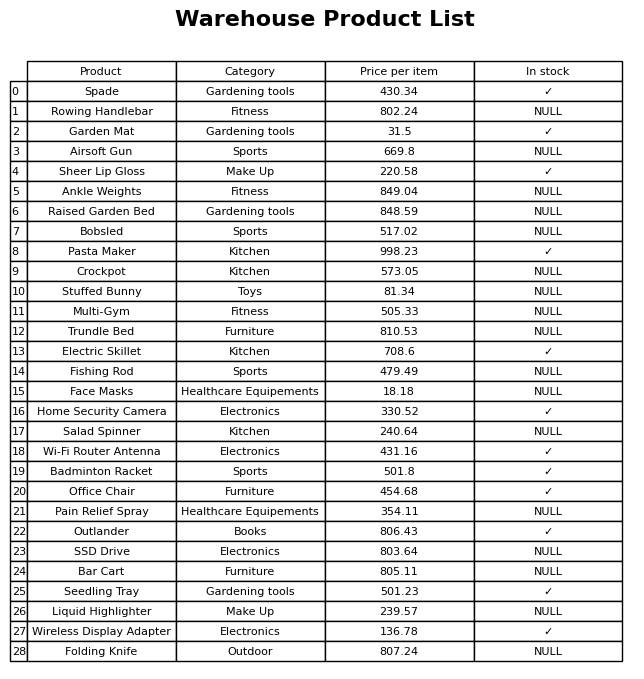
question: What is the price for Office Chair?
answer: The price of Office Chair is 454.68.